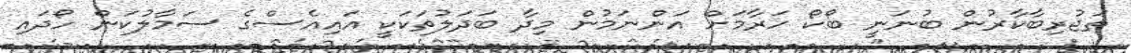
ތަޖުރިބާކާރުން ބުނަނީ ބޯކޯ ހަރާމަށް އަންނަމުން މިދާ ބަދަލުތަކަކީ އައިއެސްގެ ސަމާލުކަން ހޯދައި